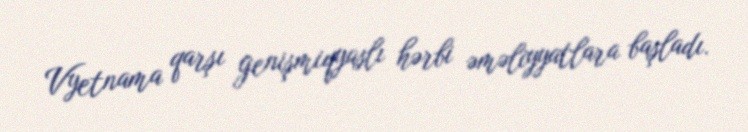
Vyetnama qarşı genişmiqyaslı hərbi əməliyyatlara başladı.